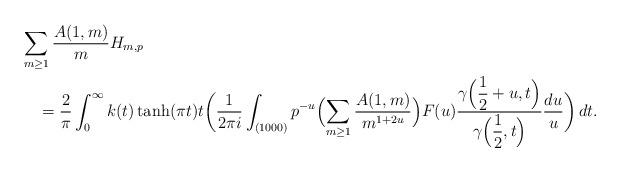
LaTeX: \begin{align*}&\sum_{m \geq 1} \frac{A(1, m)}{m} H_{m, p} \\&\quad= \frac{2}{\pi} \int_0^\infty k(t) \tanh(\pi t) t \biggl ( \frac{1}{2 \pi i} \int_{(1000)} p^{-u} \Bigl ( \sum_{m \geq 1} \frac{A(1, m)}{m^{1 + 2 u}}\Bigr ) F(u) \frac{\gamma\Bigl(\dfrac{1}{2} + u, t\Bigr)}{\gamma\Bigl(\dfrac{1}{2}, t\Bigr)} \frac{d u}{u} \biggr ) \, d t.\end{align*}